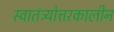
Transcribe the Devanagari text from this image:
स्वातंत्र्योत्तरकालीन